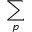
\sum _ { p }